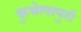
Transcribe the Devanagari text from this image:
कुचेलापुरी